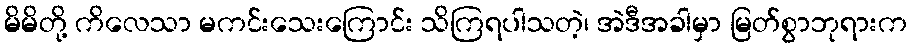
မိမိတို့ ကိလေသာ မကင်းသေးကြောင်း သိကြရပါသတဲ့၊ အဲဒီအခါမှာ မြတ်စွာဘုရားက